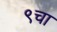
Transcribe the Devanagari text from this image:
९चा